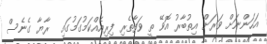
އަހަންނަށް ވަރަށް އިތުބާރު އޮވޭ ތީ ވަފާތެރި ފިރިއެއްކަމުގަމުގައި  ރާޔާ ގެނެސް